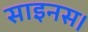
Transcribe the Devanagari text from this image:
साइनस।